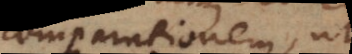
comparationem, ut